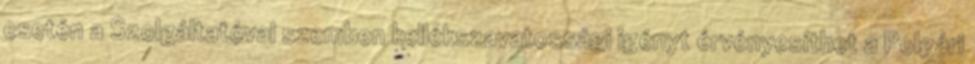
esetén a Szolgáltatóval szemben kellékszavatossági igényt érvényesíthet a Polgári